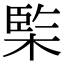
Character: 𣔿